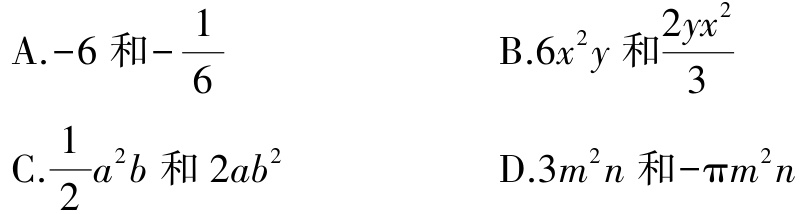
A.$-6\text{ 和}-\frac{1}{6}$
B.$6x^{2}y\text{ 和}\frac{2yx^{2}}{3}$
C.$\frac{1}{2}a^{2}b\text{ 和}2ab^{2}$
D.$3m^{2}n\text{ 和}-\pi m^{2}n$